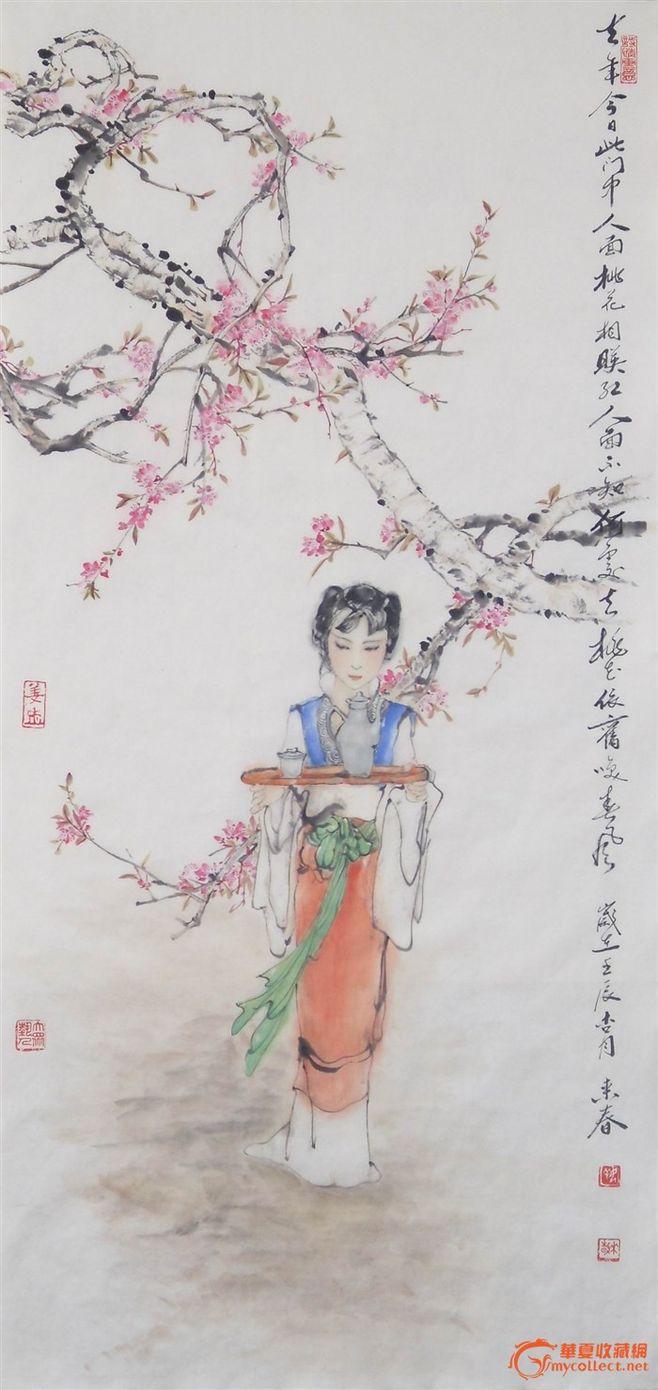
去年今日此门中，人面桃花相映红。